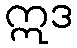
ဣဒ